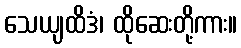
သေယျထိဒံ၊ ထိုဆေးတို့ကား။